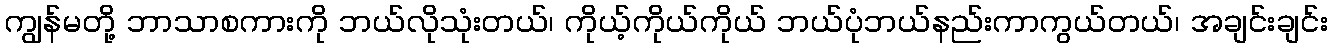
ကျွန်မတို့ ဘာသာစကားကို ဘယ်လိုသုံးတယ်၊ ကိုယ့်ကိုယ်ကိုယ် ဘယ်ပုံဘယ်နည်းကာကွယ်တယ်၊ အချင်းချင်း